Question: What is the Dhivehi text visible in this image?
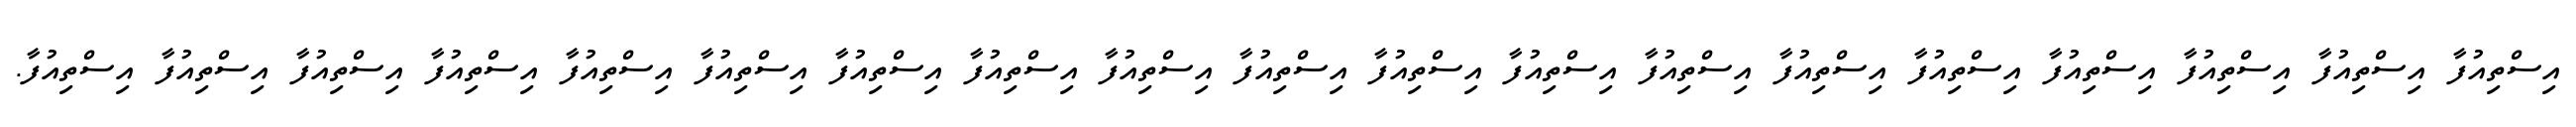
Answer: އިސްތިއުފާ އިސްތިއުފާ އިސްތިއުފާ އިސްތިއުފާ އިސްތިއުފާ އިސްތިއުފާ އިސްތިއުފާ އިސްތިއުފާ އިސްތިއުފާ އިސްތިއުފާ އިސްތިއުފާ އިސްތިއުފާ އިސްތިއުފާ އިސްތިއުފާ އިސްތިއުފާ އިސްތިއުފާ އިސްތިއުފާ އިސްތިއުފާ އިސްތިއުފާ.